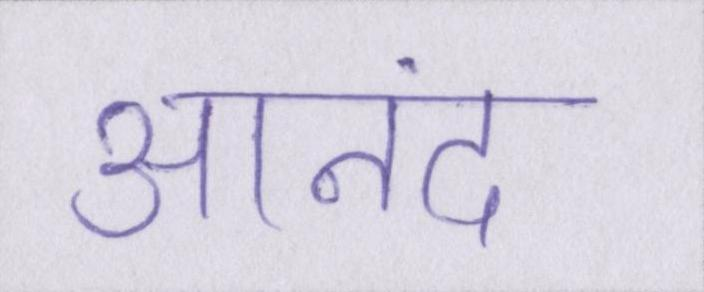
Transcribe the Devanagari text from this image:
आनंद